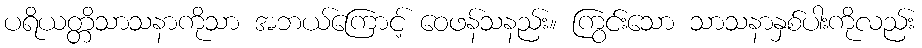
ပရိယတ္တိသာသနာကိုသာ အဘယ်ကြောင့် ဝေဖန်သနည်း။ ကြွင်းသော သာသနာနှစ်ပါးကိုလည်း